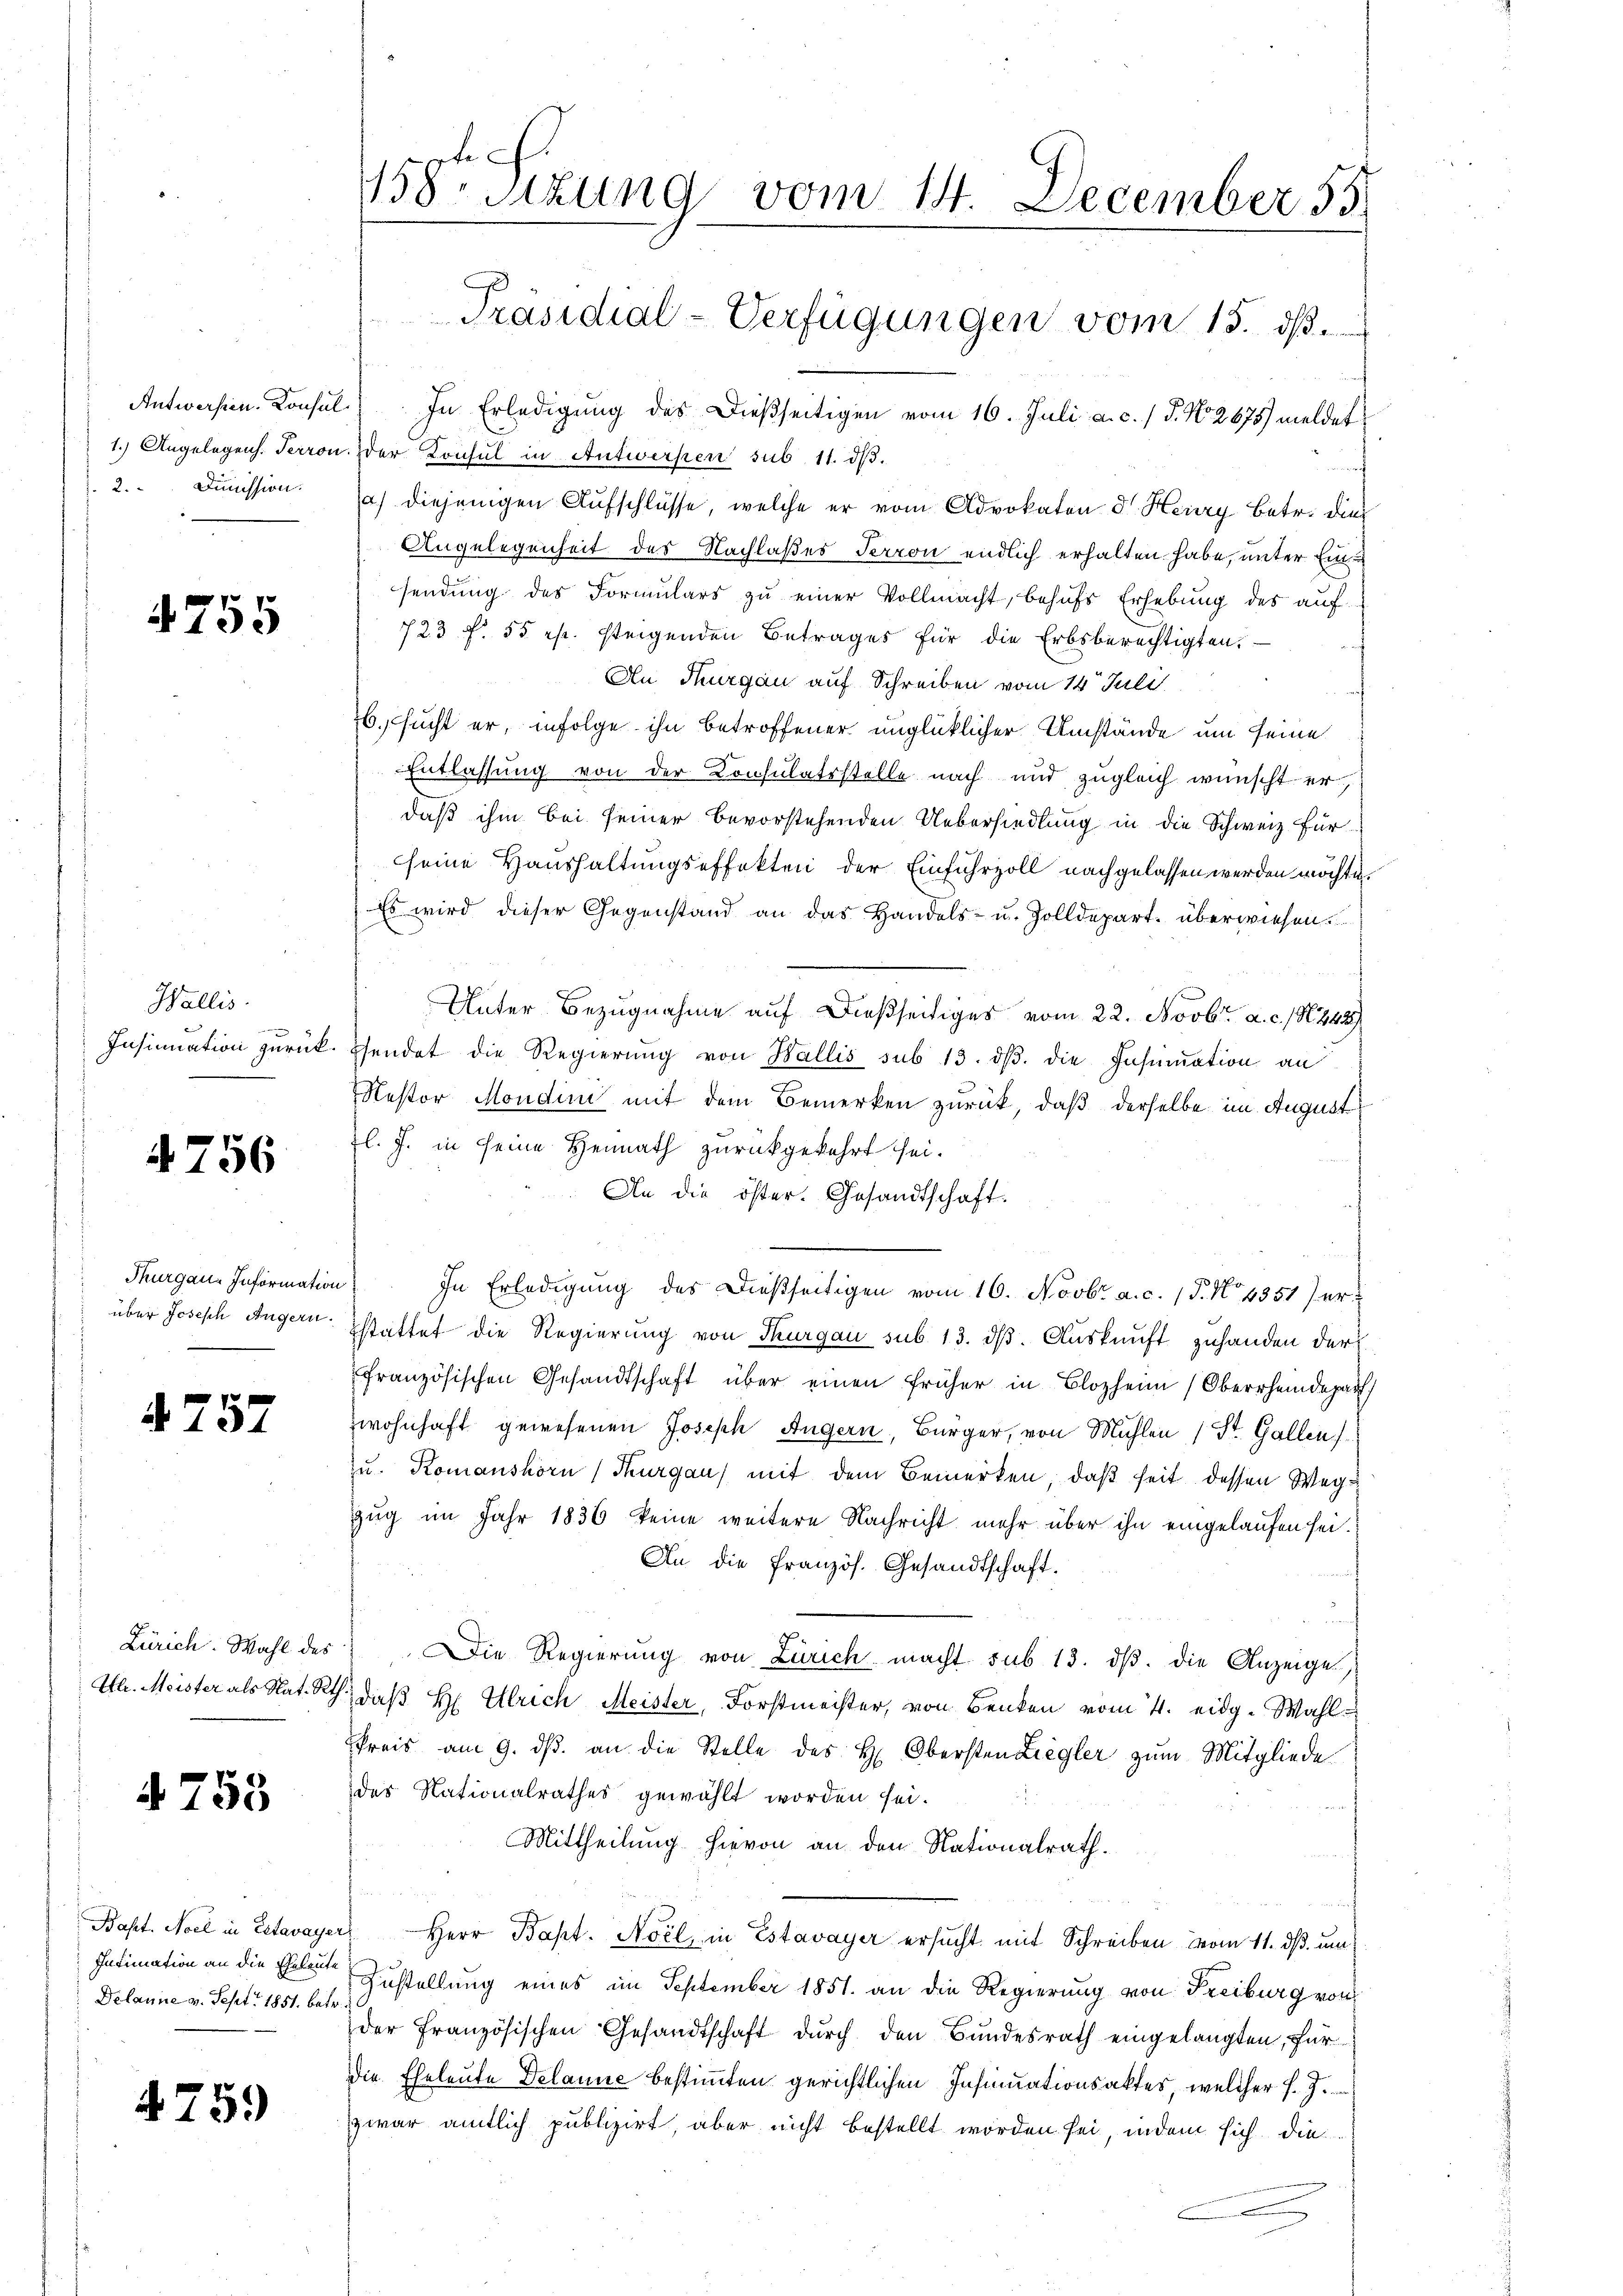
2. Dimission.

4755

Wallis.
ge

4756

Thurgau. Information

4. 757

Zürich. Wahl des

4753

Delaune v. Sept. 1851. betr.

475.

158. Sitzung vom 14. December 55
Präsidial-Verfügungen vom 15. ds.

Antworfen. Konsul. In Erledigung des dießseitigen vom 16. Juli a. c. / 5. No. 2675) meldet
1.) Angelegens. Terron. der Konsul in Antwerken sub 11. dβ.
a) diejenigen Aufschlüsse, welche er vom Advokaten d. Herry betr. dies
Angelegenheit des Nachlaßes Terron endlich erhalten habe, unter Einsendung des Formulars zu einer Vollmacht, behufs Erhebung des auf-
723 f. 55 es. steigenden Betrages für die Erbsberechtigten.
An Thurgau auf Schreiben vom 14t Juli
6. sucht er, infolge ihn betroffener unglücklicher Umstände um seine
Entlassung von der Konsulatsstelle nach und zugleich wünscht er
daß ihm bei seiner bevorstehenden Uebersiedlung in die Schweiz für
seine Haushaltungseffekten der Einfuhrzoll nachgelassen werden möchte.
Es wird dieser Gegenstand an das Handels- u. Zolldepart. überwiesen.
Unter Bezugnahme auf dießseitiges vom 22. Novbr. a. c. 1848
Insinuation zurück. Esendet die Regierung von Wallis sub 13. ds. die Insinuation an
Restor Mondini mit dem Bemerken zurück, daß derselbe im August
Zl. J. in seine Heimath zurückgekehrt sei.
An die öfter. Gesandtschaft.
In Erledigung des dießseitigen vom 16. Novbr. a. c. (T. No 4351) erüber Joseph Angern stattet die Regierung von Thurgau sub 13. dß. Auskunft zuhanden der
französischen Gesandtschaft über einen früher in Blozheim (Oberrheidepar
zwohnhaft gewesenen Joseph Angern, Bürger, von Mühlen (St. Gallen
zu. Komanshorn, Thurgau) mit dem Bemerken, daß seit dessen Weg¬
Zug im Jahr 1836 keine weitere Nachricht mehr über ihn eingelaufen sei.
An die französ. Gesandtschaft.
Die Regierung von Zürich macht sub 13. dβ. die Anzeige,
Uh. Meister als Nat. Rth., daß H. Ulrich Meister, Forstmeister, von Benken vom 4. eidg. Wahl
Preis am 9. dβ an die Stelle des H. Obersten Ziegler zum Mitgliede
des Nationalrathes gewählt worden sei.
Mittheilung hievon an den Nationalrath.
Bapt. Moel in Estavayer Herr Bapt. Noil, in Estavayer ersucht mit Schreiben vom 11. ds. um
Intimation an die alte Zustellung eines im September 1851 an die Regierung von Freiburg von
der Französischen Gesandtschaft durch den Bundesrath eingelangten, für
die Eheleute Delanne bestimmten gerichtlichen Insinuationsaktes, welcher f. J.
zwar amtlich publizirt, aber nicht bestellt worden sei, indem sich die¬
.